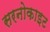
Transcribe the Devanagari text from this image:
सरनोकाइट